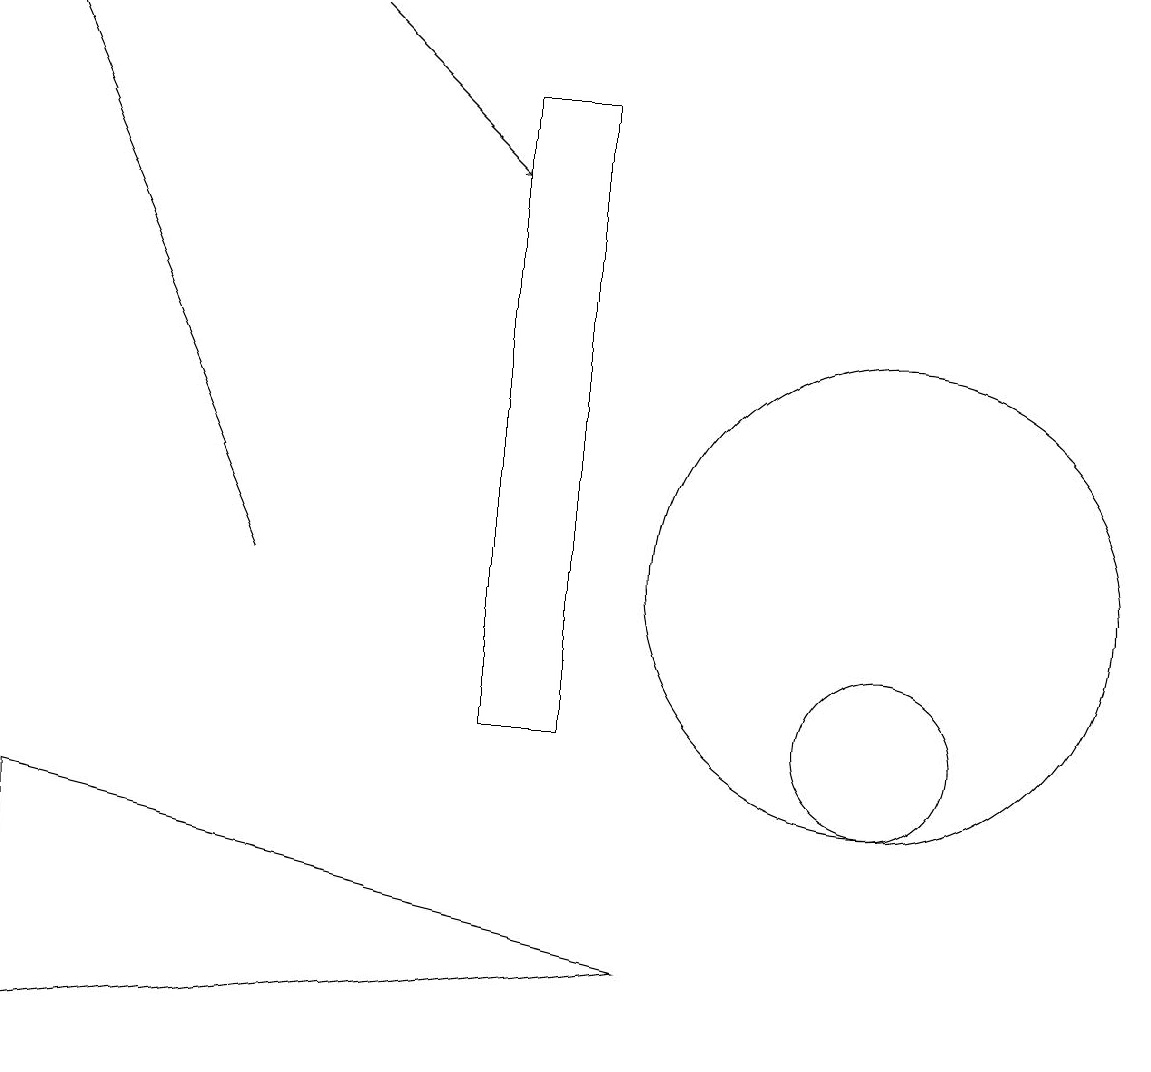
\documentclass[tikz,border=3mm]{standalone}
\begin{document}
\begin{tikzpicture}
\draw[->] (4,12) -- (1,19);
\draw (7,18) rectangle (8,10);
\draw (1,6) -- (9,7) -- (1,9) -- cycle;
\draw (12,12) circle (3);
\draw[->] (5,19) -- (7,17);
\draw (12,10) circle (1);
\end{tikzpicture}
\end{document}